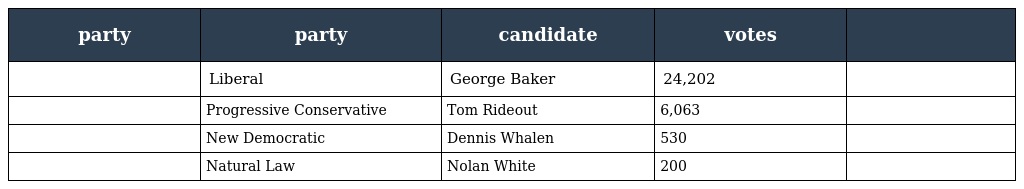
| party | party | candidate | votes |  |
 | --- | --- | --- | --- | --- |
 |  | Liberal | George Baker | 24,202 |  |
 |  | Progressive Conservative | Tom Rideout | 6,063 |  |
 |  | New Democratic | Dennis Whalen | 530 |  |
 |  | Natural Law | Nolan White | 200 |  |